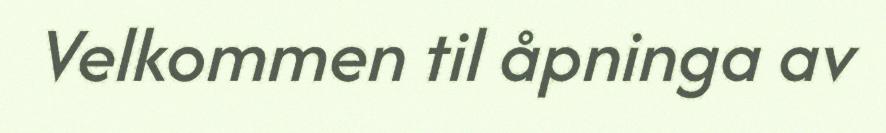
Velkommen til åpninga av